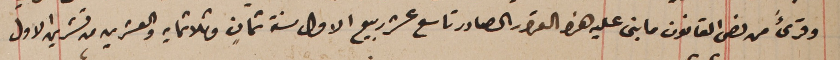
وقرىءً من نص القانون ما بنى عليه هذا القرار الصادر تاسع عشر ربيع الاول سنة ثمانِ وثلاثمايه والعشرين من تشرين الاول